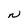
Character: N